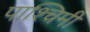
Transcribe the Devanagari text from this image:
पाश्चिमी